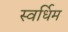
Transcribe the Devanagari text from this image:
स्वर्धिम